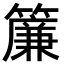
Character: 簾